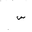
Letter: _sin